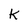
Character: K